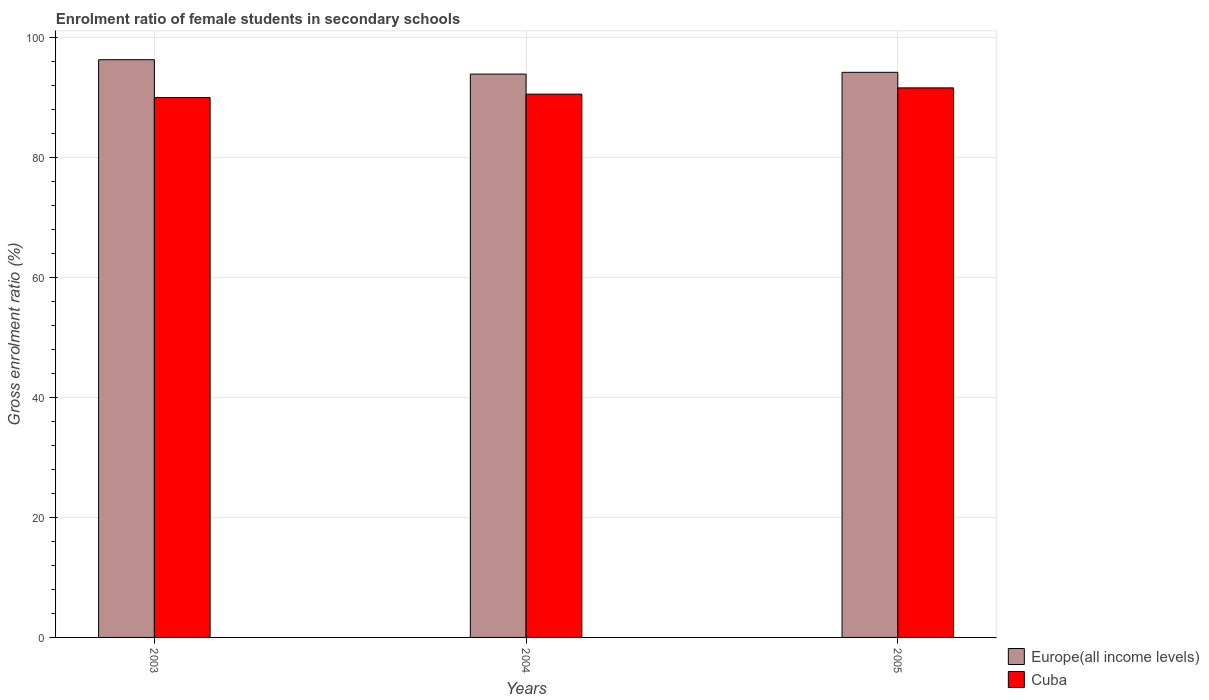
| Years | Europe(all income levels) | Cuba |
 | --- | --- | --- |
 | 2003 | 96.3 | 90 |
 | 2004 | 93.9 | 90.6 |
 | 2005 | 94.2 | 91.6 |